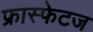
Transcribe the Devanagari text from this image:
फ्रास्फेटज